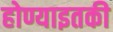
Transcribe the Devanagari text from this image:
होण्याइतकी